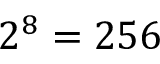
2 ^ { 8 } = 2 5 6